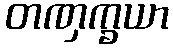
တဏှက္ခယာ